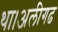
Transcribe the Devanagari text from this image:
था।अलीगढ